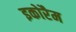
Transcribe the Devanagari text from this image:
इकोरैम